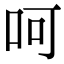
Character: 呵